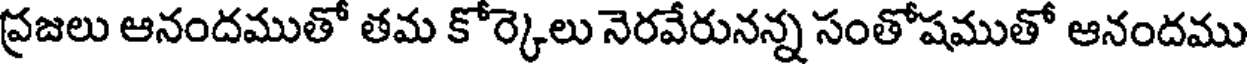
ప్రజలు ఆనందముతో తమ కోర్కెలు నెరవేరునన్న సంతోషముతో ఆనందము